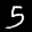
Label: 5